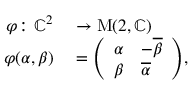
\begin{array} { r l } { \varphi \colon \mathbb { C } ^ { 2 } } & { { } \to \operatorname { M } ( 2 , \mathbb { C } ) } \\ { \varphi ( \alpha , \beta ) } & { { } = { \left( \begin{array} { l l } { \alpha } & { - { \overline { { \beta } } } } \\ { \beta } & { { \overline { { \alpha } } } } \end{array} \right) } , } \end{array}